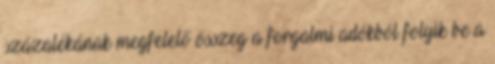
százalékának megfelelő összeg a forgalmi adókból folyik be a